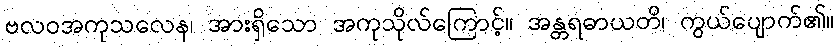
ဗလဝအကုသလေန၊ အားရှိသော အကုသိုလ်ကြောင့်။ အန္တရဓာယတိ၊ ကွယ်ပျောက်၏။